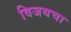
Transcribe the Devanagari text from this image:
विजयचा